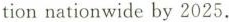
tion nationwide by 2025.